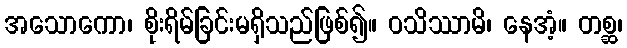
အသောကော၊ စိုးရိမ်ခြင်းမရှိသည်ဖြစ်၍။ ဝသိဿာမိ၊ နေအံ့။ တစ္ဆ၊